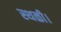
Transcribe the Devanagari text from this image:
स्थळी।